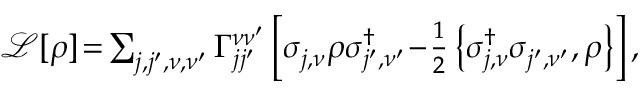
\begin{array} { r } { \mathcal L [ \rho ] \! = \! \sum _ { j , j ^ { \prime } , \nu , \nu ^ { \prime } } \Gamma _ { j j ^ { \prime } } ^ { \nu \nu ^ { \prime } } \left[ \sigma _ { j , \nu } ^ { \phantom { \dagger } } \rho \sigma _ { j ^ { \prime } , \nu ^ { \prime } } ^ { \dagger } \! - \! \frac { 1 } { 2 } \left\{ \sigma _ { j , \nu } ^ { \dagger } \sigma _ { j ^ { \prime } , \nu ^ { \prime } } ^ { \phantom { \dagger } } , \rho \right\} \right] , } \end{array}